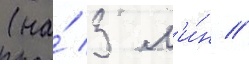
(на́ 3 м'и́н //